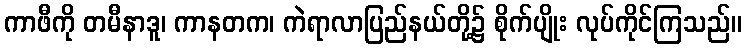
ကာဖီကို တမီနာဒူ၊ ကာနတက၊ ကဲရာလာပြည်နယ်တို့၌ စိုက်ပျိုး လုပ်ကိုင်ကြသည်။